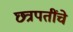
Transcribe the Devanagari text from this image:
छ्त्रपतींचे